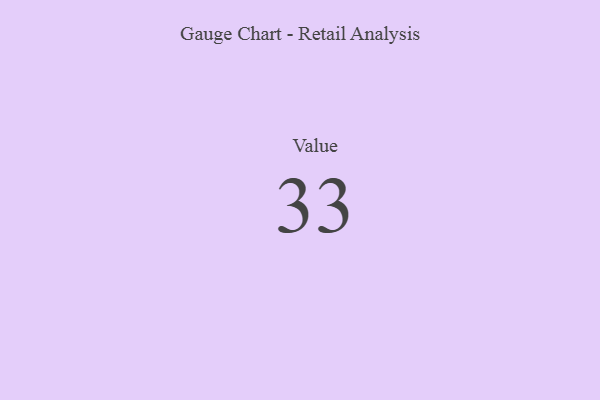
{"axis": {"x": "Metric", "y": "Value"}, "legend": [""], "data": [{"x": "Value", "y": 33, "type": ""}]}